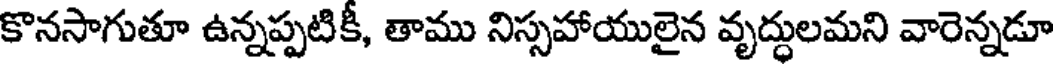
కొనసాగుతూ ఉన్నప్పటికీ, తాము నిస్సహాయులైన వృద్ధులమని వారెన్నడూ